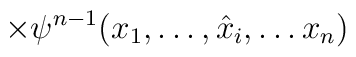
\times\psi^{n-1}(x_1,\ldots,\hat{x}_i,\ldots x_n)